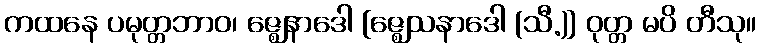
ကထနေ ပမုတ္တဘာဝ၊ ဇ္ဈေနာဒေါ [ဇ္ဈေသနာဒေါ (သီ.)] ဝုတ္တ မပိ တီသု။